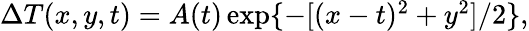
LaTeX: \begin{array}{r}{\Delta T(x,y,t)=A(t)\exp\{ -[(x-t)^{2}+y^{2}]/2\} ,}\end{array}